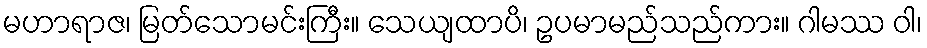
မဟာရာဇ၊ မြတ်သောမင်းကြီး။ သေယျထာပိ၊ ဥပမာမည်သည်ကား။ ဂါမဿ ဝါ၊